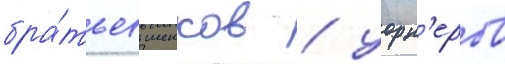
бра́тьев шенков / уорн'еров